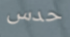
حدس